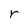
Character: r